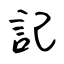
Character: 記